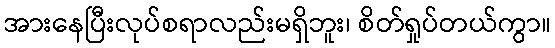
အားနေပြီးလုပ်စရာလည်းမရှိဘူး၊ စိတ်ရှုပ်တယ်ကွာ။